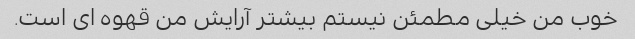
خوب من خیلی مطمئن نیستم بیشتر آرایش من قهوه ای است.